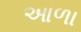
આળા